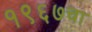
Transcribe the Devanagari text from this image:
१९६७चा